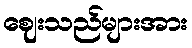
ဈေးသည်များအား